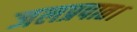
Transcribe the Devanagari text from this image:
जलप्रपात।